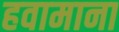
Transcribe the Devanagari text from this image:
हवामाना